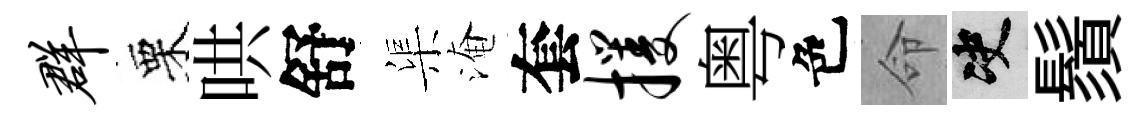
群栗哄舒渠淹套攫粤色命决鬚